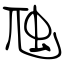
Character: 虺